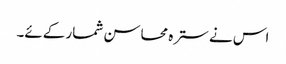
اس نے سترہ محاسن شمار کےئے۔